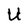
Character: U